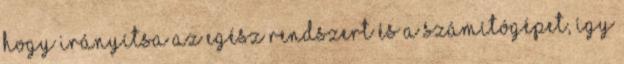
hogy irányítsa az egész rendszert és a számítógépet, így